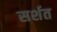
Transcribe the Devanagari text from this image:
सर्शत